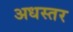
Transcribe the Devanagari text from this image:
अधस्तर